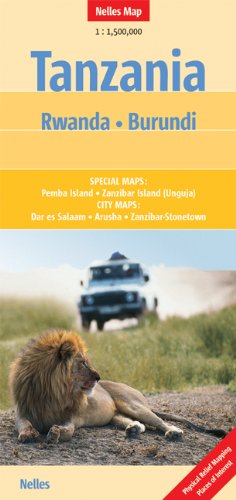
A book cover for Tanzania, Rwanda and Burundi Nelles map; Nelles Verlag; Travel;